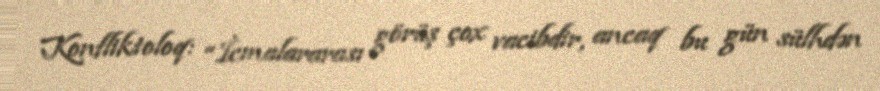
Konfliktoloq: “İcmalararası görüş çox vacibdir, ancaq bu gün sülhdən